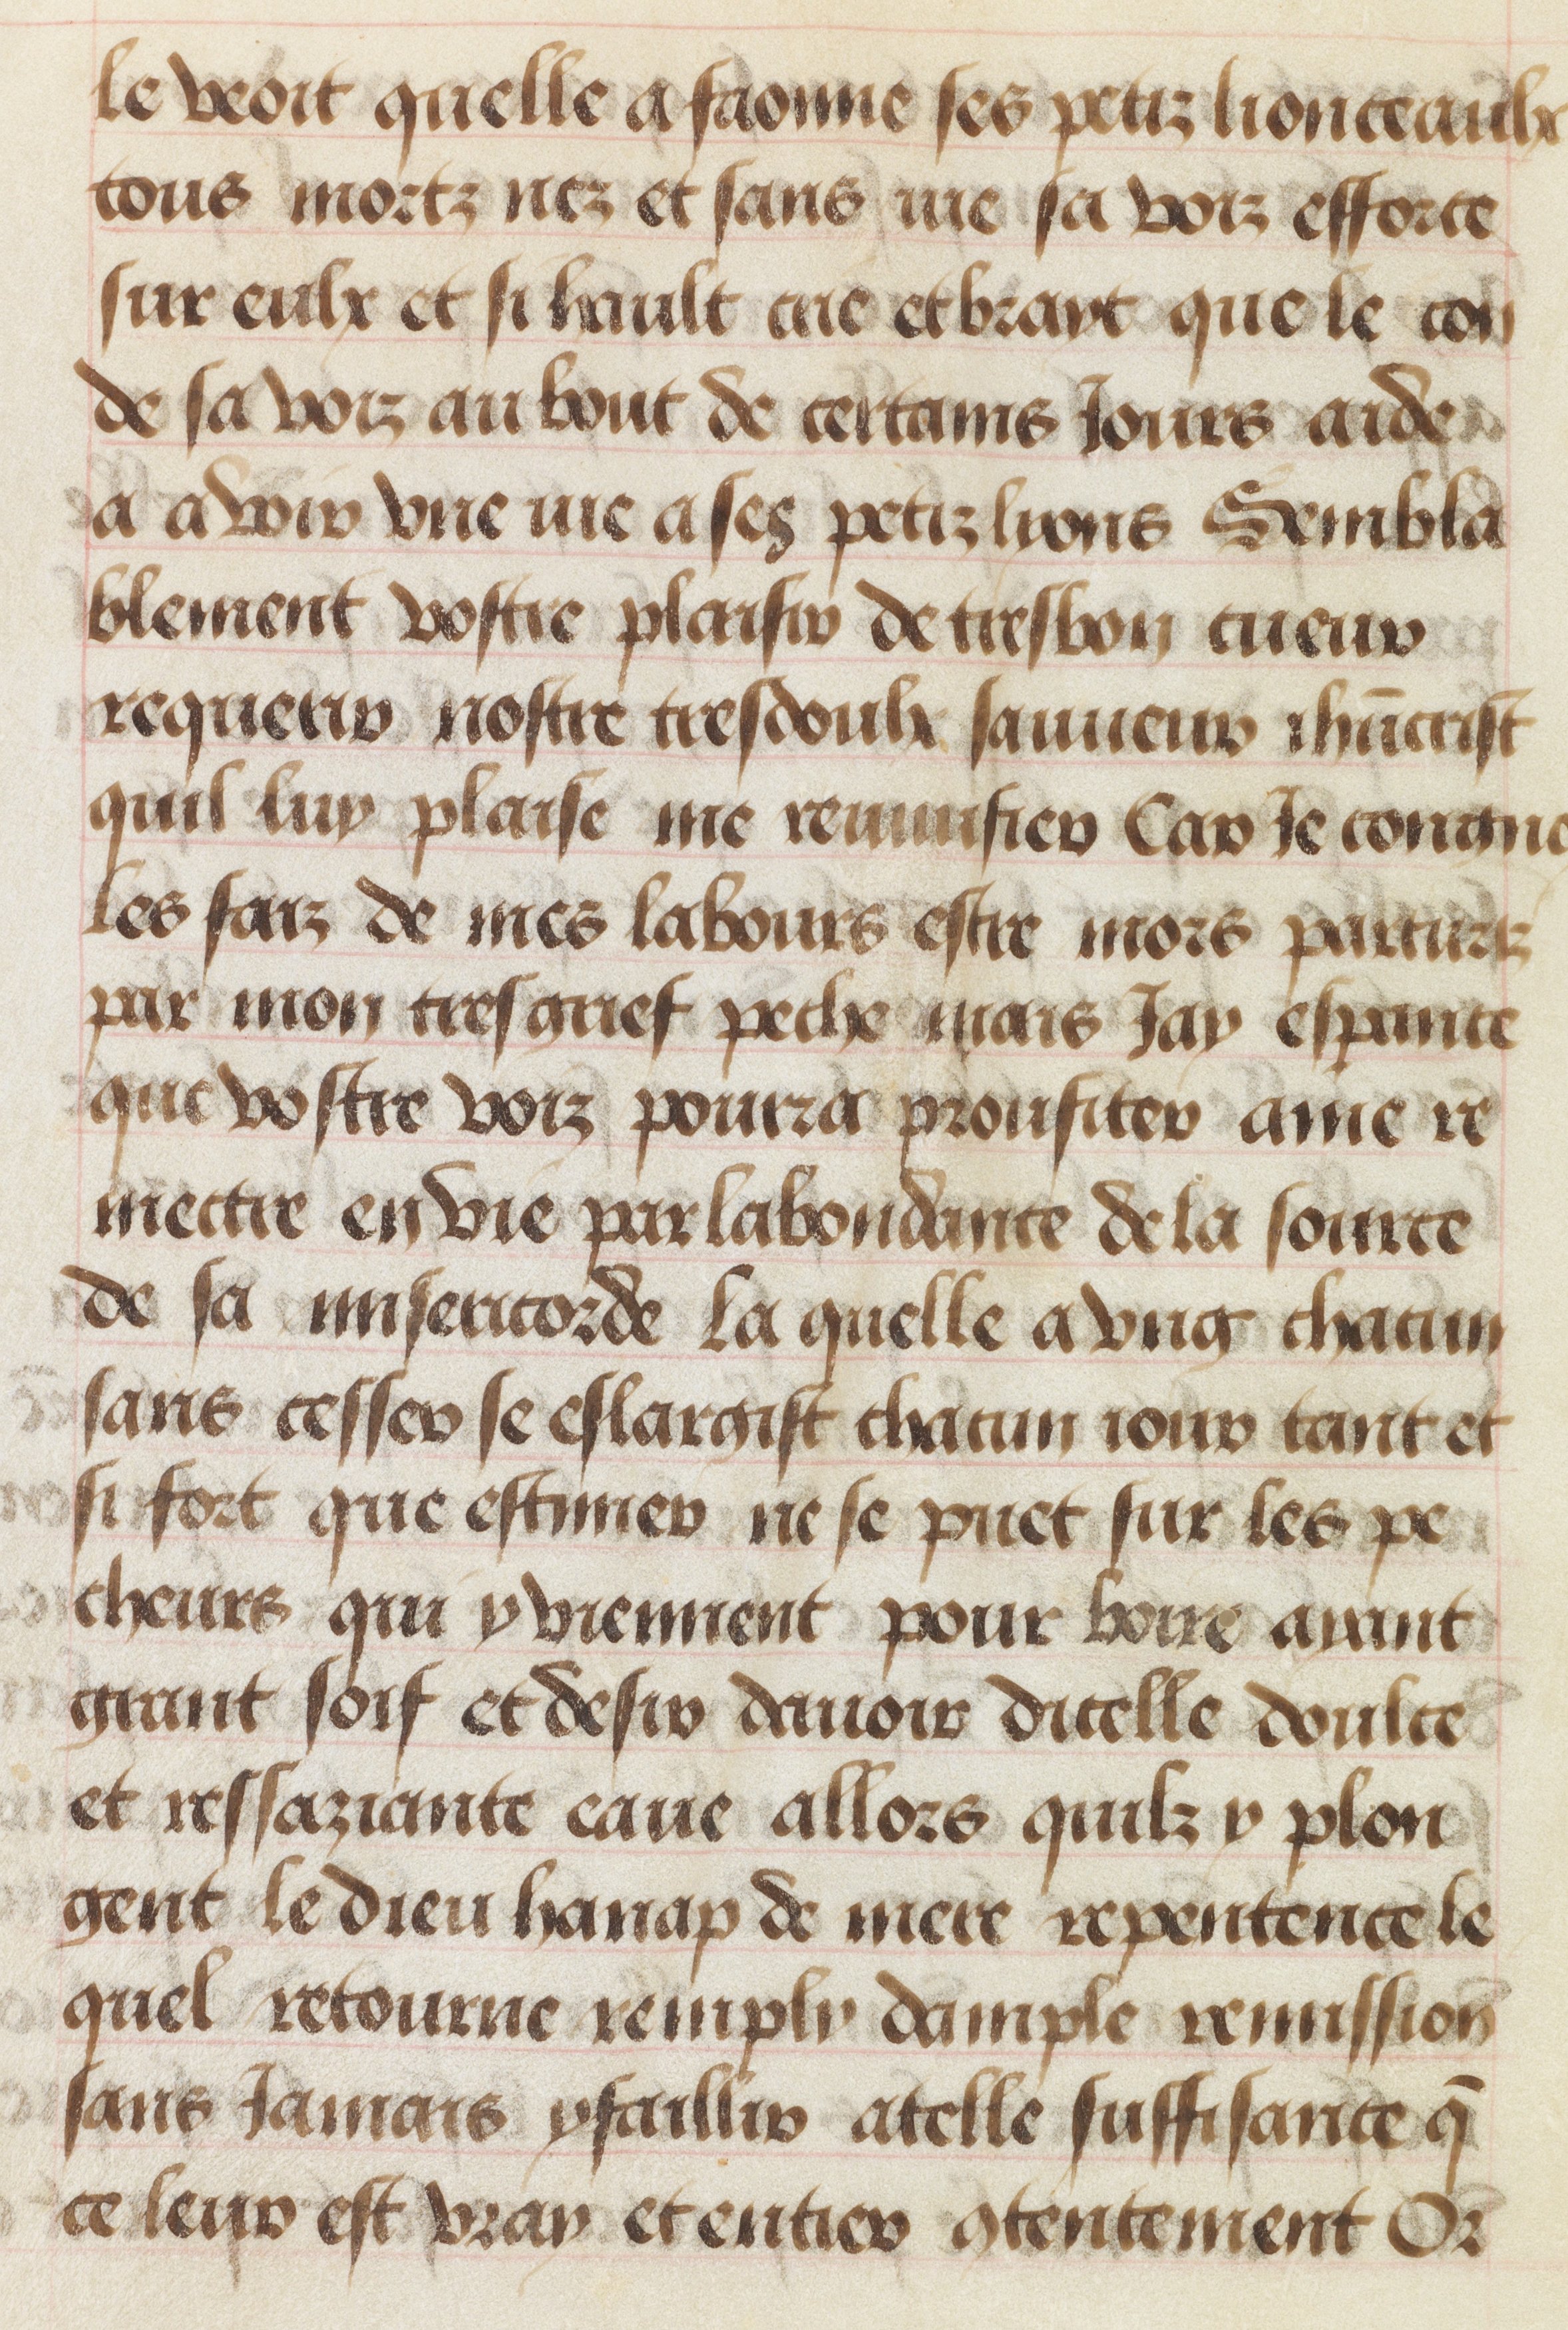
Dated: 1455–1485